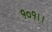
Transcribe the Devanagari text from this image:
१०१।।